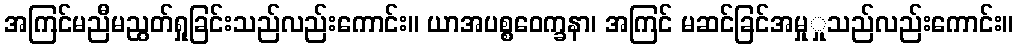
အကြင်မညီမညွတ်ရှုခြင်းသည်လည်းကောင်း။ ယာအပစ္စဝေက္ခနာ၊ အကြင် မဆင်ခြင်အမှုှုသည်လည်းကောင်း။